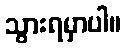
သွားရမှာပါ။